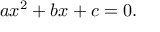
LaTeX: a x ^ { 2 } + b x + c = 0 .